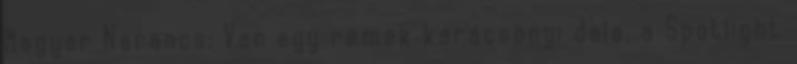
Magyar Narancs: Van egy remek karácsonyi dala, a Spotlight